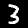
Digit: 3